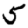
Digit: 5